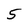
Character: 5